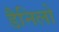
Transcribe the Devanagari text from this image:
डैनिलो